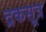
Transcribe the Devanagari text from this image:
द्रकसूत्र